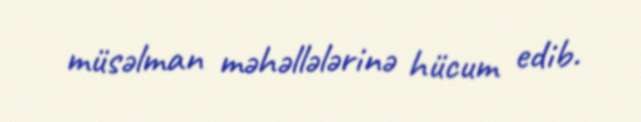
müsəlman məhəllələrinə hücum edib.